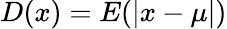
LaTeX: D(x)=E(|x-\mu|)